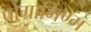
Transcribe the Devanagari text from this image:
प्रोग्रामिण्ग